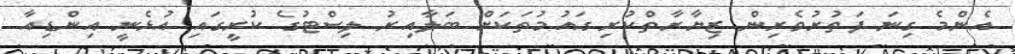
އެންމެ ގިނަ ފަތުރުވެރިން ޒިޔާރާތްކުރި ގައުމުތަކަށް ބަލާއިރު ލިސްޓުގެ ކުރީގައި އުޅެނީ އިންޑިއާ